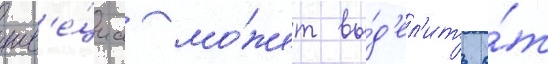
шв'е́циа мо́жет вы́д'ел'ить о́т